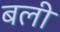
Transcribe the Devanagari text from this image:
बली